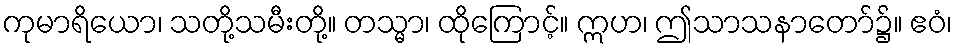
ကုမာရိယော၊ သတို့သမီးတို့။ တသ္မာ၊ ထိုကြောင့်။ ဣဟ၊ ဤသာသနာတော်၌။ ဧဝံ၊